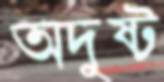
অদুষ্ট